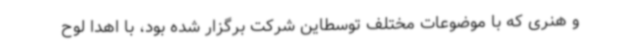
و هنری که با موضوعات مختلف توسطاین شرکت برگزار شده بود، با اهدا لوح